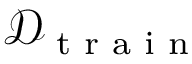
\mathscr { D } _ { \textrm { t r a i n } }